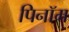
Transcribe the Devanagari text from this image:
पिनॉम